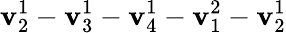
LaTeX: \mathbf{v}_{2}^{1}-\mathbf{v}_{3}^{1}-\mathbf{v}_{4}^{1}-\mathbf{v}_{1}^{2}-\mathbf{v}_{2}^{1}